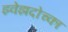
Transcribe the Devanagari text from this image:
झ्वेझदोच्का